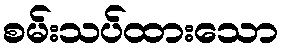
စမ်းသပ်ထားသော